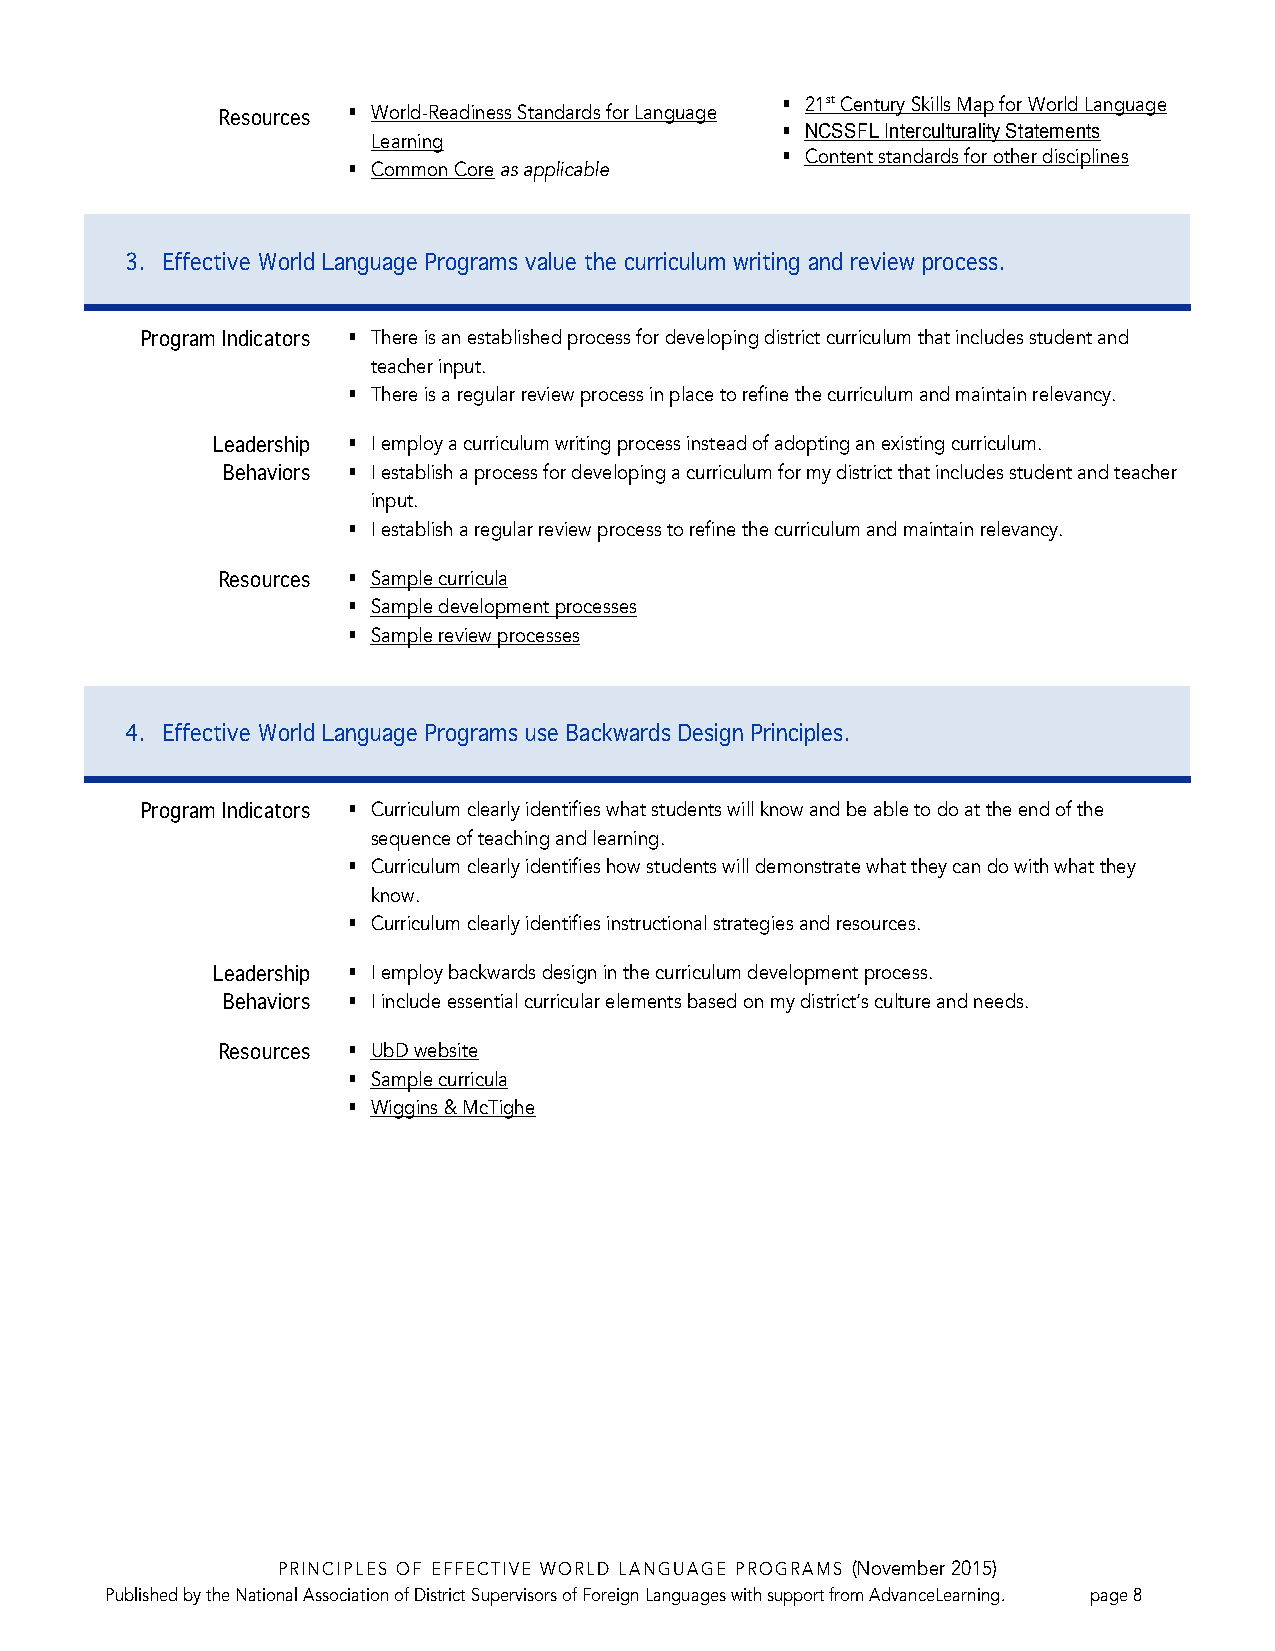
Resources § World-Readiness Standards for Language § 21st Century Skills Map for World Language
 § NCSSFL Interculturality Statements
 Learning
 § Content standards for other disciplines
 § Common Core as applicable
 3. Effective World Language Programs value the curriculum writing and review process.
 Program Indicators § There is an established process for developing district curriculum that includes student and
 teacher input.
 § There is a regular review process in place to refine the curriculum and maintain relevancy.
 Leadership § I employ a curriculum writing process instead of adopting an existing curriculum.
 Behaviors § I establish a process for developing a curriculum for my district that includes student and teacher
 input.
 § I establish a regular review process to refine the curriculum and maintain relevancy.
 Resources § Sample curricula
 § Sample development processes
 § Sample review processes
 4. Effective World Language Programs use Backwards Design Principles.
 Program Indicators § Curriculum clearly identifies what students will know and be able to do at the end of the
 sequence of teaching and learning.
 § Curriculum clearly identifies how students will demonstrate what they can do with what they
 know.
 § Curriculum clearly identifies instructional strategies and resources.
 Leadership § I employ backwards design in the curriculum development process.
 Behaviors § I include essential curricular elements based on my district’s culture and needs.
 Resources § UbD website
 § Sample curricula
 § Wiggins & McTighe
 PRINCIPLES OF EFFECTIVE WORLD LANGUAGE PROGRAMS (November 2015)
 Published by the National Association of District Supervisors of Foreign Languages with support from AdvanceLearning. page 8